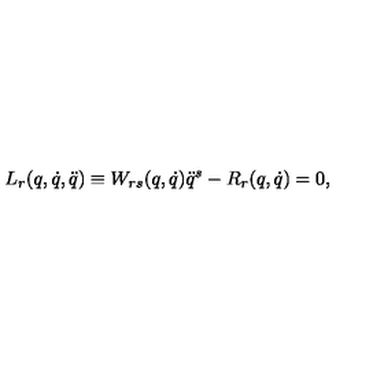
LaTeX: L _ { r } ( q , \dot { q } , \ddot { q } ) \equiv W _ { r s } ( q , \dot { q } ) \ddot { q } ^ { s } - R _ { r } ( q , \dot { q } ) = 0 ,